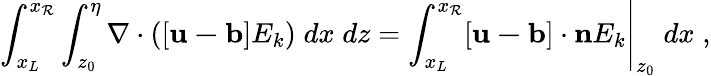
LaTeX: \int_{x_{L}}^{x_{\mathcal{R}}}\int_{z_{0}}^{\eta}\nabla\cdot\left([\mathbf{{u-b}}]E_{k}\right)\; dx\; dz=\left.\int_{x_{L}}^{x_{\mathcal{R}}}[\mathbf{{u-b}}]\cdot\mathbf{{n}}E_{k}\right|_{z_{0}}\; dx\; ,